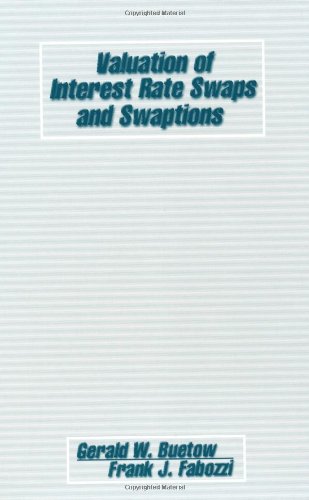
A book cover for Valuation of Interest Rate Swaps and Swaptions; Gerald W. Buetow; Business & Money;